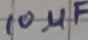
Text: 10µF